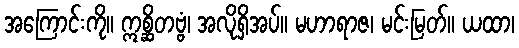
အကြောင်းကို။ ဣစ္ဆိတဗ္ဗံ၊ အလိုရှိအပ်။ မဟာရာဇ၊ မင်းမြတ်။ ယထာ၊